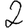
Digit: 2